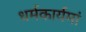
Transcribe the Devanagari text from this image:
धर्मकार्यमां